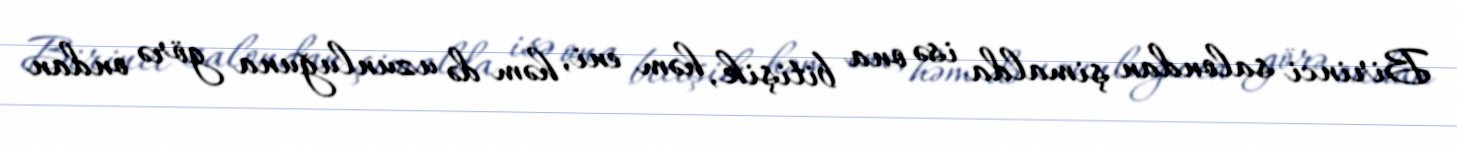
Birinci salondan şimalda isə ona bitişik, həm eni, həm də uzunluğuna görə ondan